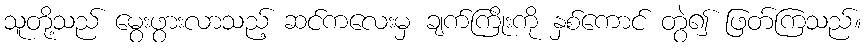
သူတို့သည် မွေးဖွားလာသည့် ဆင်ကလေးမှ ချက်ကြိုးကို နှစ်ကောင် တွဲ၍ ဖြတ်ကြသည်။